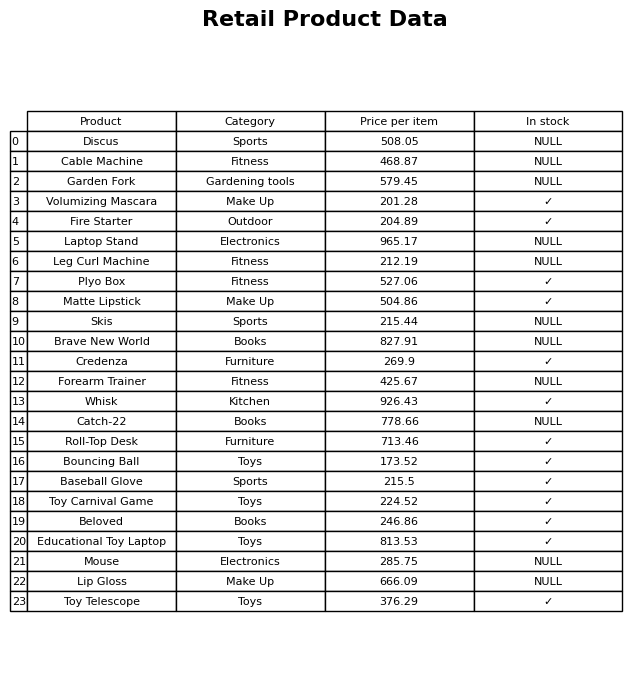
question: What is the price for Matte Lipstick?
answer: The price of Matte Lipstick is 504.86.